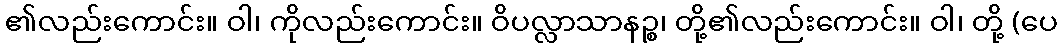
၏လည်းကောင်း။ ဝါ၊ ကိုလည်းကောင်း။ ဝိပလ္လာသာနဉ္စ၊ တို့၏လည်းကောင်း။ ဝါ၊ တို့ (ပေ